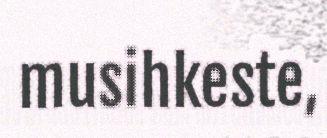
musihkeste,